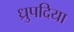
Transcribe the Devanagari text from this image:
ध्रुपदिया